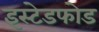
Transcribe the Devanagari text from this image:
इस्टेडफोड